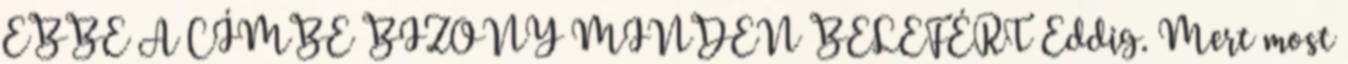
EBBE A CÍMBE BIZONY MINDEN BELEFÉRT Eddig. Mert most